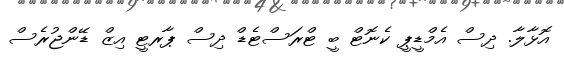
އޮޅާލާ. ދިސް އެމްޑީޕީ ކެނޮޓް ބީ ޓްރަސްޓެޑް ދިސް ޕާރޓީ އިޒް ޑޭންޖުރެސް